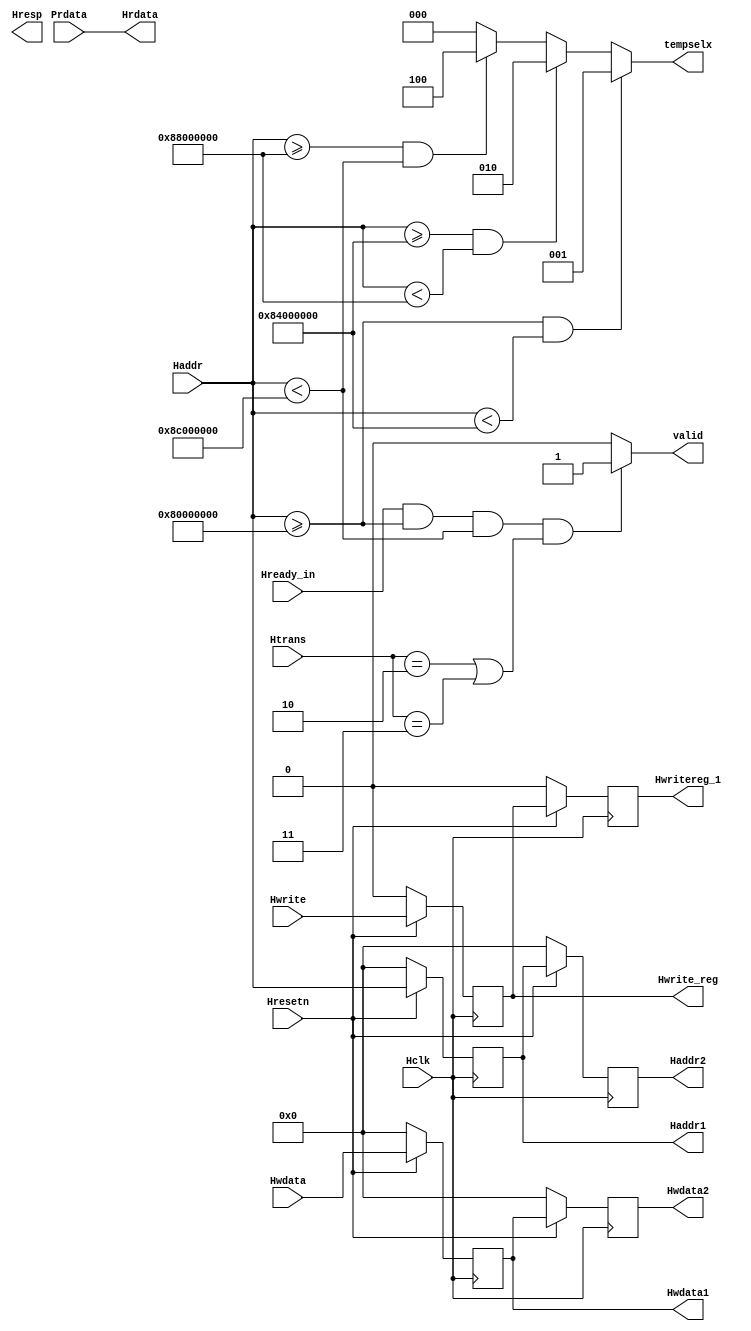
`timescale 1ns / 1ps

module AHB_slave (
input Hclk, Hwrite, Hready_in, Hresetn,
input [1:0] Htrans,
input [31:0] Haddr, Hwdata, Prdata,
output [31:0] Hrdata,
output reg [31:0] Haddr1, Haddr2, Hwdata1, Hwdata2,
output reg valid,
output reg Hwrite_reg, Hwritereg_1,
output reg [2:0] tempselx,
output [1:0] Hresp
);
  
// Pipeline logic for Haddr,Hwrite,Hwdata
always @(posedge Hclk)
begin
if (!Hresetn)
  begin
  Haddr1 <= 0;
  Haddr2 <= 0;
  end
else
  begin
  Haddr1 <= Haddr;
  Haddr2 <= Haddr1;
  end
end
  
always @(posedge Hclk)
begin
if (!Hresetn)
  begin
  Hwdata1 <= 0;
  Hwdata2 <= 0;
  end
else
  begin
  Hwdata1 <= Hwdata;
  Hwdata2 <= Hwdata1;
  end
end
always @(posedge Hclk)
begin
if (!Hresetn)
  begin
  Hwrite_reg <= 0;
  Hwritereg_1 <= 0;
  end
else
  begin
  Hwrite_reg <= Hwrite;
  Hwritereg_1 <= Hwrite_reg;
  end
end
  
// Generating valid logic
always @(*)
begin
valid = 1'b0;
if (Hready_in == 1 && Haddr >= 32'h8000_0000 && Haddr < 32'h8c00_0000 && (Htrans == 2'b10 || Htrans == 2'b11))
  valid = 1;
else
  valid = 0;
end
  
// tempselx logic
always @(*)
begin
tempselx = 3'b000;
if (Haddr >= 32'h8000_0000 && Haddr < 32'h8400_0000)
  tempselx = 3'b001;
else if (Haddr >= 32'h8400_0000 && Haddr < 32'h8800_0000)
  tempselx = 3'b010;
else if (Haddr >= 32'h8800_0000 && Haddr < 32'h8c00_0000)
  tempselx = 3'b100;
end
  
assign Hrdata = Prdata;
  
endmodule